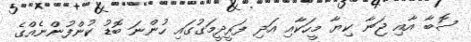
ސޮބާ އާއި ޖަނާ ކިޔާ މީހަކާއި އަދި ފަރީދީމަގުގައި ހުންނަ ބޮޑު ކުންފުންނެއްގެ